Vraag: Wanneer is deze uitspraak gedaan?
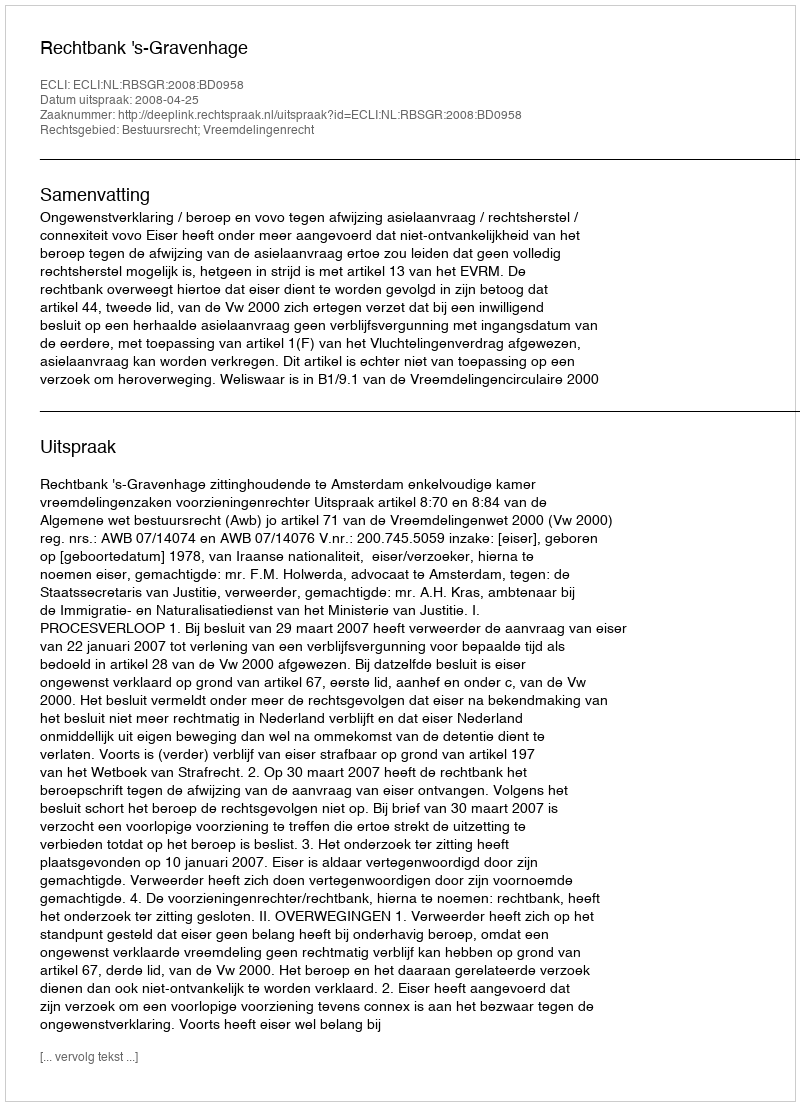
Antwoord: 2008-04-25